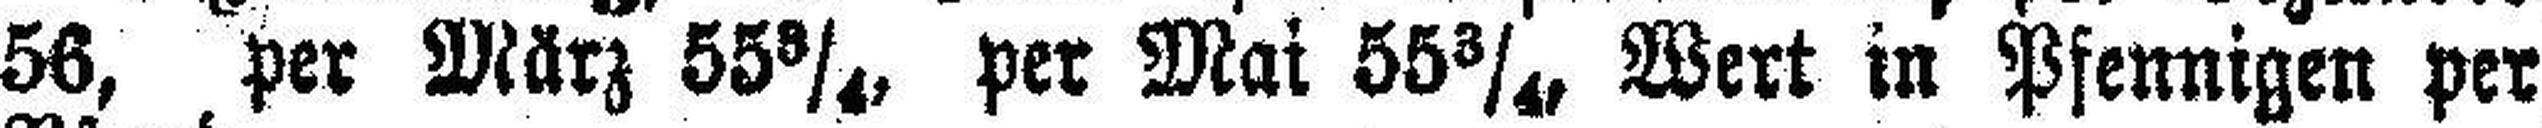
56, per März 55¾, per Mai 55¾, Wert in Pfennigen per